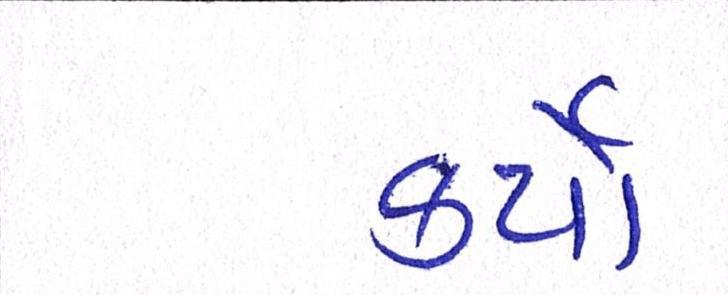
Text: કર્યેા